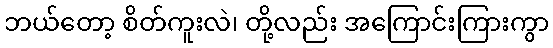
ဘယ်တော့ စိတ်ကူးလဲ၊ တို့လည်း အကြောင်းကြားကွာ